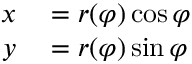
\begin{array} { r l } { x } & { { } = r ( \varphi ) \cos \varphi } \\ { y } & { { } = r ( \varphi ) \sin \varphi } \end{array}